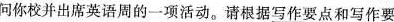
问你校并出席英语周的一项活动。请根据\underline{写作要点}和\underline{写作要}